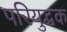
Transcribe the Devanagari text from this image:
परियुद्धक